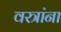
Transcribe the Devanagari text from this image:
वस्त्रांना